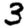
Digit: 3